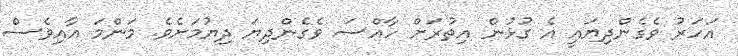
އަހަރު ވެގެންދިޔައީ އެ ގުޅުން އިތުރަށް ހާއްސަ ވެގެންދިޔަ ދިޔުމަށެވެ. މަންމަ އާއިވެސް